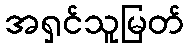
အရှင်သူမြတ်